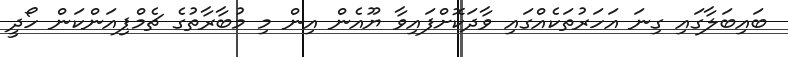
ބައިބަލާގައި ގިނަ އަހަރުތަކެއްގައި ވާދަކޮށްފައިވާ ޔޫއެން އިން މި މުބާރާތުގެ ޗެމްޕިއަންކަން ހޯދީ